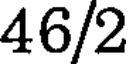
46/2